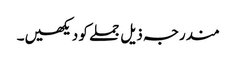
مندرجہ ذیل جملے کو دیکھیں۔